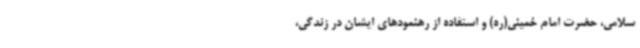
سلامی، حضرت امام خمینی(ره) و استفاده از رهنمودهای ایشان در زندگی،